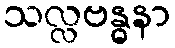
သလ္လဗန္ဓနာ